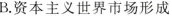
B.资本主义世界市场形成